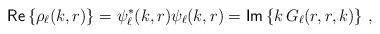
LaTeX: \begin{align*}\mathsf{Re} \left\{\rho_\ell(k,r)\right\} = \psi_\ell^*(k,r)\psi_\ell(k,r) = \mathsf{Im} \left\{k\,G_\ell(r,r,k)\right\} \, ,\end{align*}